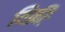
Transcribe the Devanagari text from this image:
विक्रीः